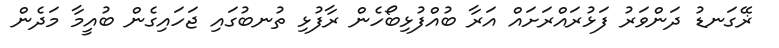
ޜޭގަނޑު ދަންވަރު ފަޅުރައްރަށައް އަރާ ބުއްފުޅިބޯހެން ރާފުޅި ތުނބުގައި ޖަހައިގެން ބުއީމާ މަދެން